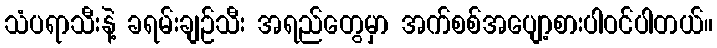
သံပရာသီးနဲ့ ခရမ်းချဉ်သီး အရည်တွေမှာ အက်စစ်အပျော့စားပါဝင်ပါတယ်။